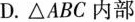
D.△ A B C内部